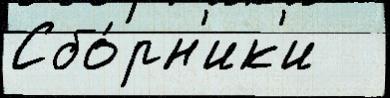
Сбо́рн'ик'и